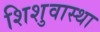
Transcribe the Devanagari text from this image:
शिशुवास्था